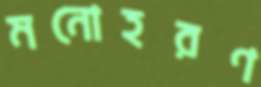
মনোহরণ